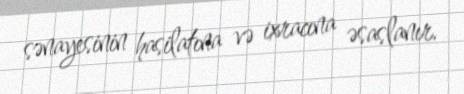
sənayesinin hasilatına və ixracına əsaslanır.